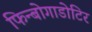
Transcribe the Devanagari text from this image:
फिन्बोगाडोटिर